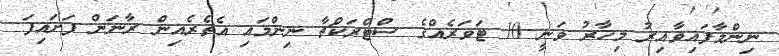
ނިންމާފައިވާއިރު މިހާރު ވަނީ 10 ޓަވަރެއްގެ ސްޓްރަކްޗާ ނިންމައި އެތެރެއިން ރާނަން ފަށައިފަ